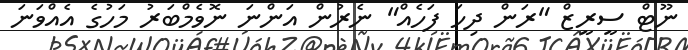
ނޫޓް ސީރީޒް "ރަން ދިހަ ފަހެއް" ނެރުން އަންނަ ނޮވެމްބަރު މަހުގެ އެއްވަނަ